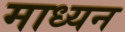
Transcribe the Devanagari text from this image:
माध्यन